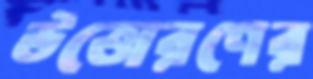
উত্তোরণের